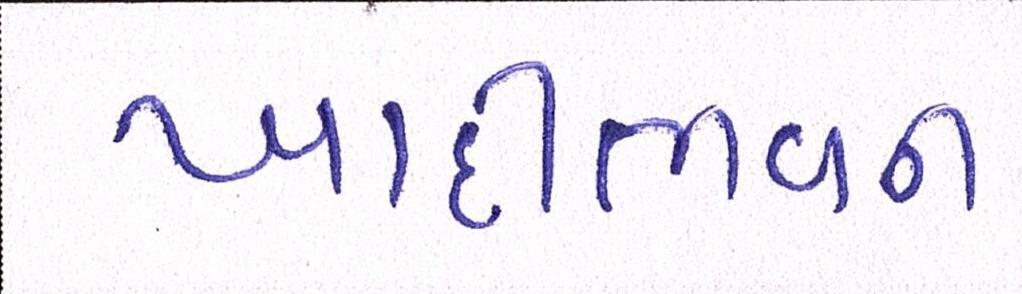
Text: ખાદીભવન